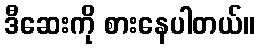
ဒီဆေးကို စားနေပါတယ်။